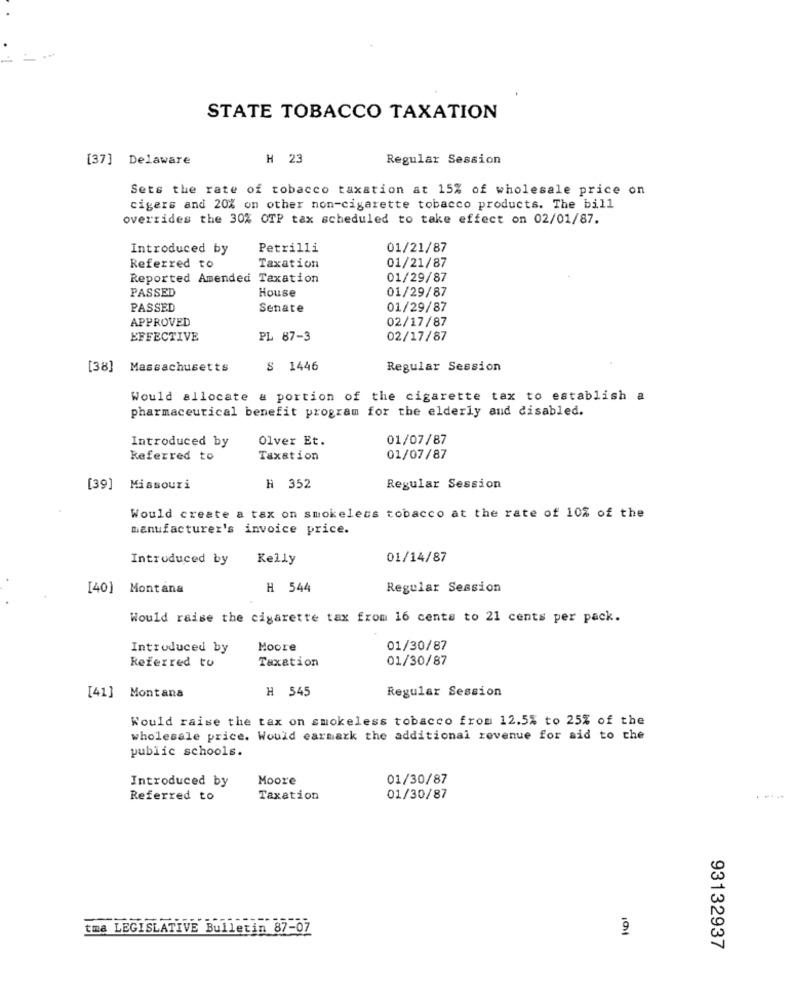
STATE TOBACCO TAXATION
[37] Delaware
H 23
Regular Session
Sets the rate of tobacco taxation at 15% of wholesale price on
cigers and 20% on other non-cigarette tobacco products. The bill
overrides the 30% OTP tax scheduled to take effect on 02/01/87.
Introduced by
Petrilli
01/21/87
01/21/87
Referred to
Taxation
Reported Amended Taxation
01/29/87
PASSED
House
01/29/87
PASSED
Senate
01/29/87
02/17/87
APPROVED
EFFECTIVE
PL 87-3
02/17/87
[38] Massachusetts
S 1446
Regular Session
Would allocate & portion of the cigarette tax to establish a
pharmaceutical benefit program for the elderly and disabled.
Introduced by
Olver Et.
01/07/87
Referred to
Taxation
01/07/87
[39] Missouri
H 352
Regular Session
Would create a tax on smokeless tobacco at the rate of 10% of the
manufacturer's invoice price.
Introduced by
Kelly
01/14/87
[40] Montana
H 544
Regular Session
Would raise the cigarette tax from 16 cents to 21 cents per pack.
Introduced by
Moore
01/30/87
Referred to
Taxation
01/30/87
H 545
Regular Session
[41] Montana
Would raise the tax on smokeless tobacco from 12.5% to 25% of the
wholesale price. Would earmark the additional revenue for aid to the
public schools.
Introduced by
Moore
01/30/87
Referred to
Taxation
01/30/87
101
tma LEGISLATIVE Bulletin 87-07
93132937